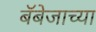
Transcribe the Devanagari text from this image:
बॅबेजाच्या